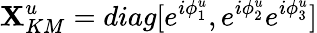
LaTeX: {\mathbf X}_{KM}^{u}=diag[e^{i\phi_{1}^{u}},e^{i\phi_{2}^{u}}e^{i\phi_{3}^{u}}]